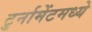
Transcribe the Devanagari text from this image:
टुर्नामेंटमध्ये